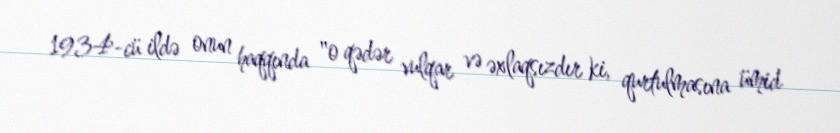
1934-cü ildə onun haqqında "o qədər vulqar və əxlaqsızdır ki, qurtulmasına ümid